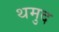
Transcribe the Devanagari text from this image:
थमुद